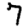
Digit: 7